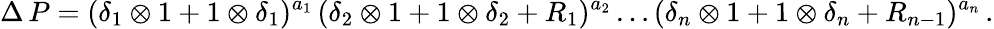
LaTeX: \Delta\, P=(\delta_{1}\otimes 1+1\otimes\delta_{1})^{a_{1}}\, (\delta_{2}\otimes 1+1\otimes\delta_{2}+R_{1})^{a_{2}}\ldots(\delta_{n}\otimes 1+1\otimes\delta_{n}+R_{n-1})^{a_{n}}\, .